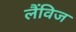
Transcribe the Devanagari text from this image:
लैंविज